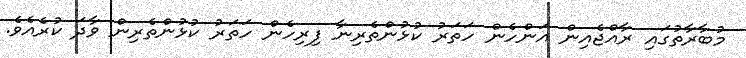
މުބާރާތުގައި ރާއްޖެއިން އަންހެން ހަތަރު ކުޅުންތެރިނާ ފިރިހެން ހަތަރު ކުޅުންތެރިން ވާދަ ކުރެއެވެ.